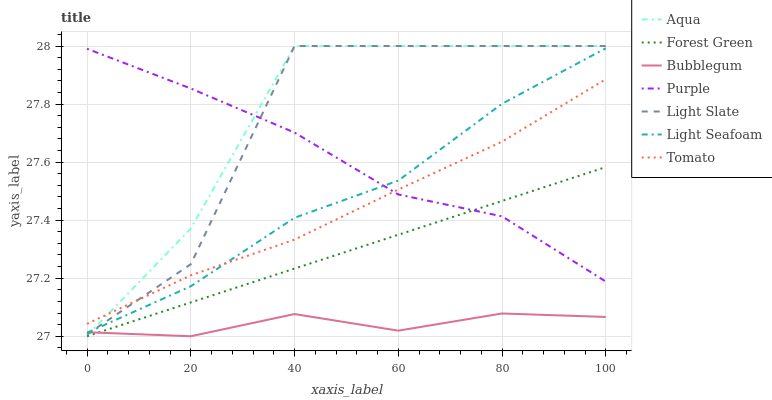
| xaxis_label | Aqua | Forest Green | Bubblegum | Purple | Light Slate | Light Seafoam | Tomato |
 | --- | --- | --- | --- | --- | --- | --- | --- |
 | 0 | 27 | 27 | 27 | 28 | 27 | 27 | 27 |
 | 20 | 27.4 | 27.1 | 27 | 27.9 | 27.2 | 27.2 | 27.2 |
 | 40 | 28 | 27.2 | 27.1 | 27.7 | 28 | 27.4 | 27.3 |
 | 60 | 28 | 27.3 | 27 | 27.5 | 28 | 27.5 | 27.5 |
 | 80 | 28 | 27.5 | 27.1 | 27.4 | 28 | 27.8 | 27.7 |
 | 100 | 28 | 27.6 | 27.1 | 27.2 | 28 | 28 | 27.9 |